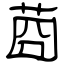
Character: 莔